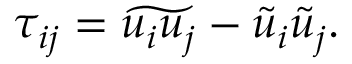
\begin{array} { r } { \tau _ { i j } = \widetilde { u _ { i } u _ { j } } - \tilde { u } _ { i } \tilde { u } _ { j } . } \end{array}